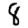
Digit: 8